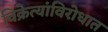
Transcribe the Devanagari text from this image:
विक्रेत्यांविरोधात